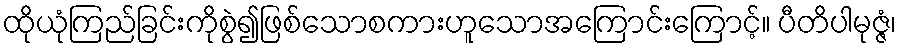
ထိုယုံကြည်ခြင်းကိုစွဲ၍ဖြစ်သောစကားဟူသောအကြောင်းကြောင့်။ ပီတိပါမုဇ္ဇံ၊